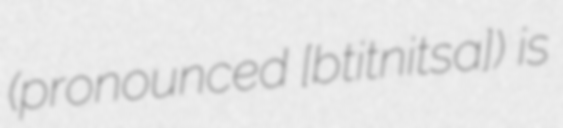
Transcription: (pronounced [bɔˈtɾiːtʃnitsa]) is